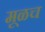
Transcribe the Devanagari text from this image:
मूळच